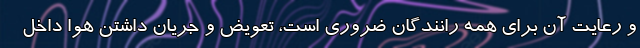
و رعایت آن برای همه رانندگان ضروری است، تعویض و جریان داشتن هوا داخل